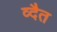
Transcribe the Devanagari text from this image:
व्दैत